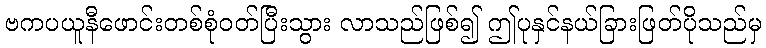
ဗကပယူနီဖောင်းတစ်စုံဝတ်ပြီးသွား လာသည်ဖြစ်၍ ဤပုနှင်နယ်ခြားဖြတ်ပိုသည်မှ